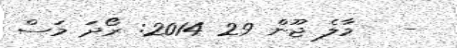
-   މާލެ ޖޫން 29 2014: ރޯދަ މަސް